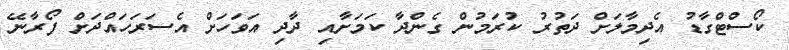
ކޯސްޓްގާޑު އެދިމާލަށް ދަތުރު ކުރަމުން ގެންދާ ކަމަށާއި ދާދި އަވަހަށް އެސަރަހައްދަށް ފޯރާނޭ